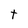
Character: t